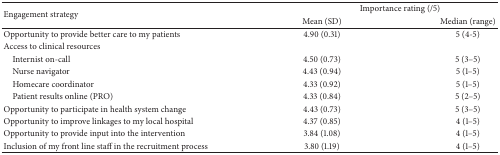
| <ROWSPAN=2> Engagement strategy | <COLSPAN=2> Importance rating (/5) |
 | Mean (SD) | Median (range) |
 | --- | --- | --- |
 | Opportunity to provide better care to my patients | 4.90 (0.31) | 5 (4-5) |
 | Access to clinical resources |  |  |
 | Internist on-call | 4.50 (0.73) | 5 (3–5) |
 | Nurse navigator | 4.43 (0.94) | 5 (1–5) |
 | Homecare coordinator | 4.33 (0.92) | 5 (1–5) |
 | Patient results online (PRO) | 4.33 (0.84) | 5 (2–5) |
 | Opportunity to participate in health system change | 4.43 (0.73) | 5 (3–5) |
 | Opportunity to improve linkages to my local hospital | 4.37 (0.85) | 4 (1–5) |
 | Opportunity to provide input into the intervention | 3.84 (1.08) | 4 (1–5) |
 | Inclusion of my front line staff in the recruitment process | 3.80 (1.19) | 4 (1–5) |